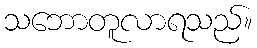
သဘောတူလာရသည်။